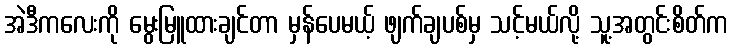
အဲဒီကလေးကို မွေးမြူထားချင်တာ မှန်ပေမယ့် ဖျက်ချပစ်မှ သင့်မယ်လို့ သူ့အတွင်းစိတ်က